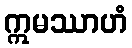
ဣမဿာဟံ